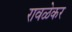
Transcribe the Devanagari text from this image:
रावळेकर